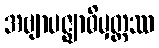
အဗျာပဇ္ဈာဓိမှတ္တဿ